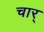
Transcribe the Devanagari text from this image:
चार्